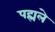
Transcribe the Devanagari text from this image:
पह्मले